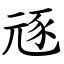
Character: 㒮